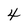
Character: 4